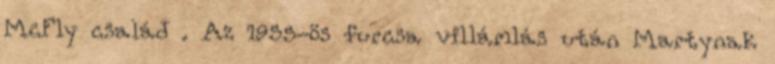
McFly család . Az 1955-ös furcsa villámlás után Martynak